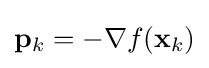
\mathbf {p} _{k}=-\nabla f(\mathbf {x} _{k})